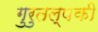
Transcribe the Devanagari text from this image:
गुरुतल्पकी